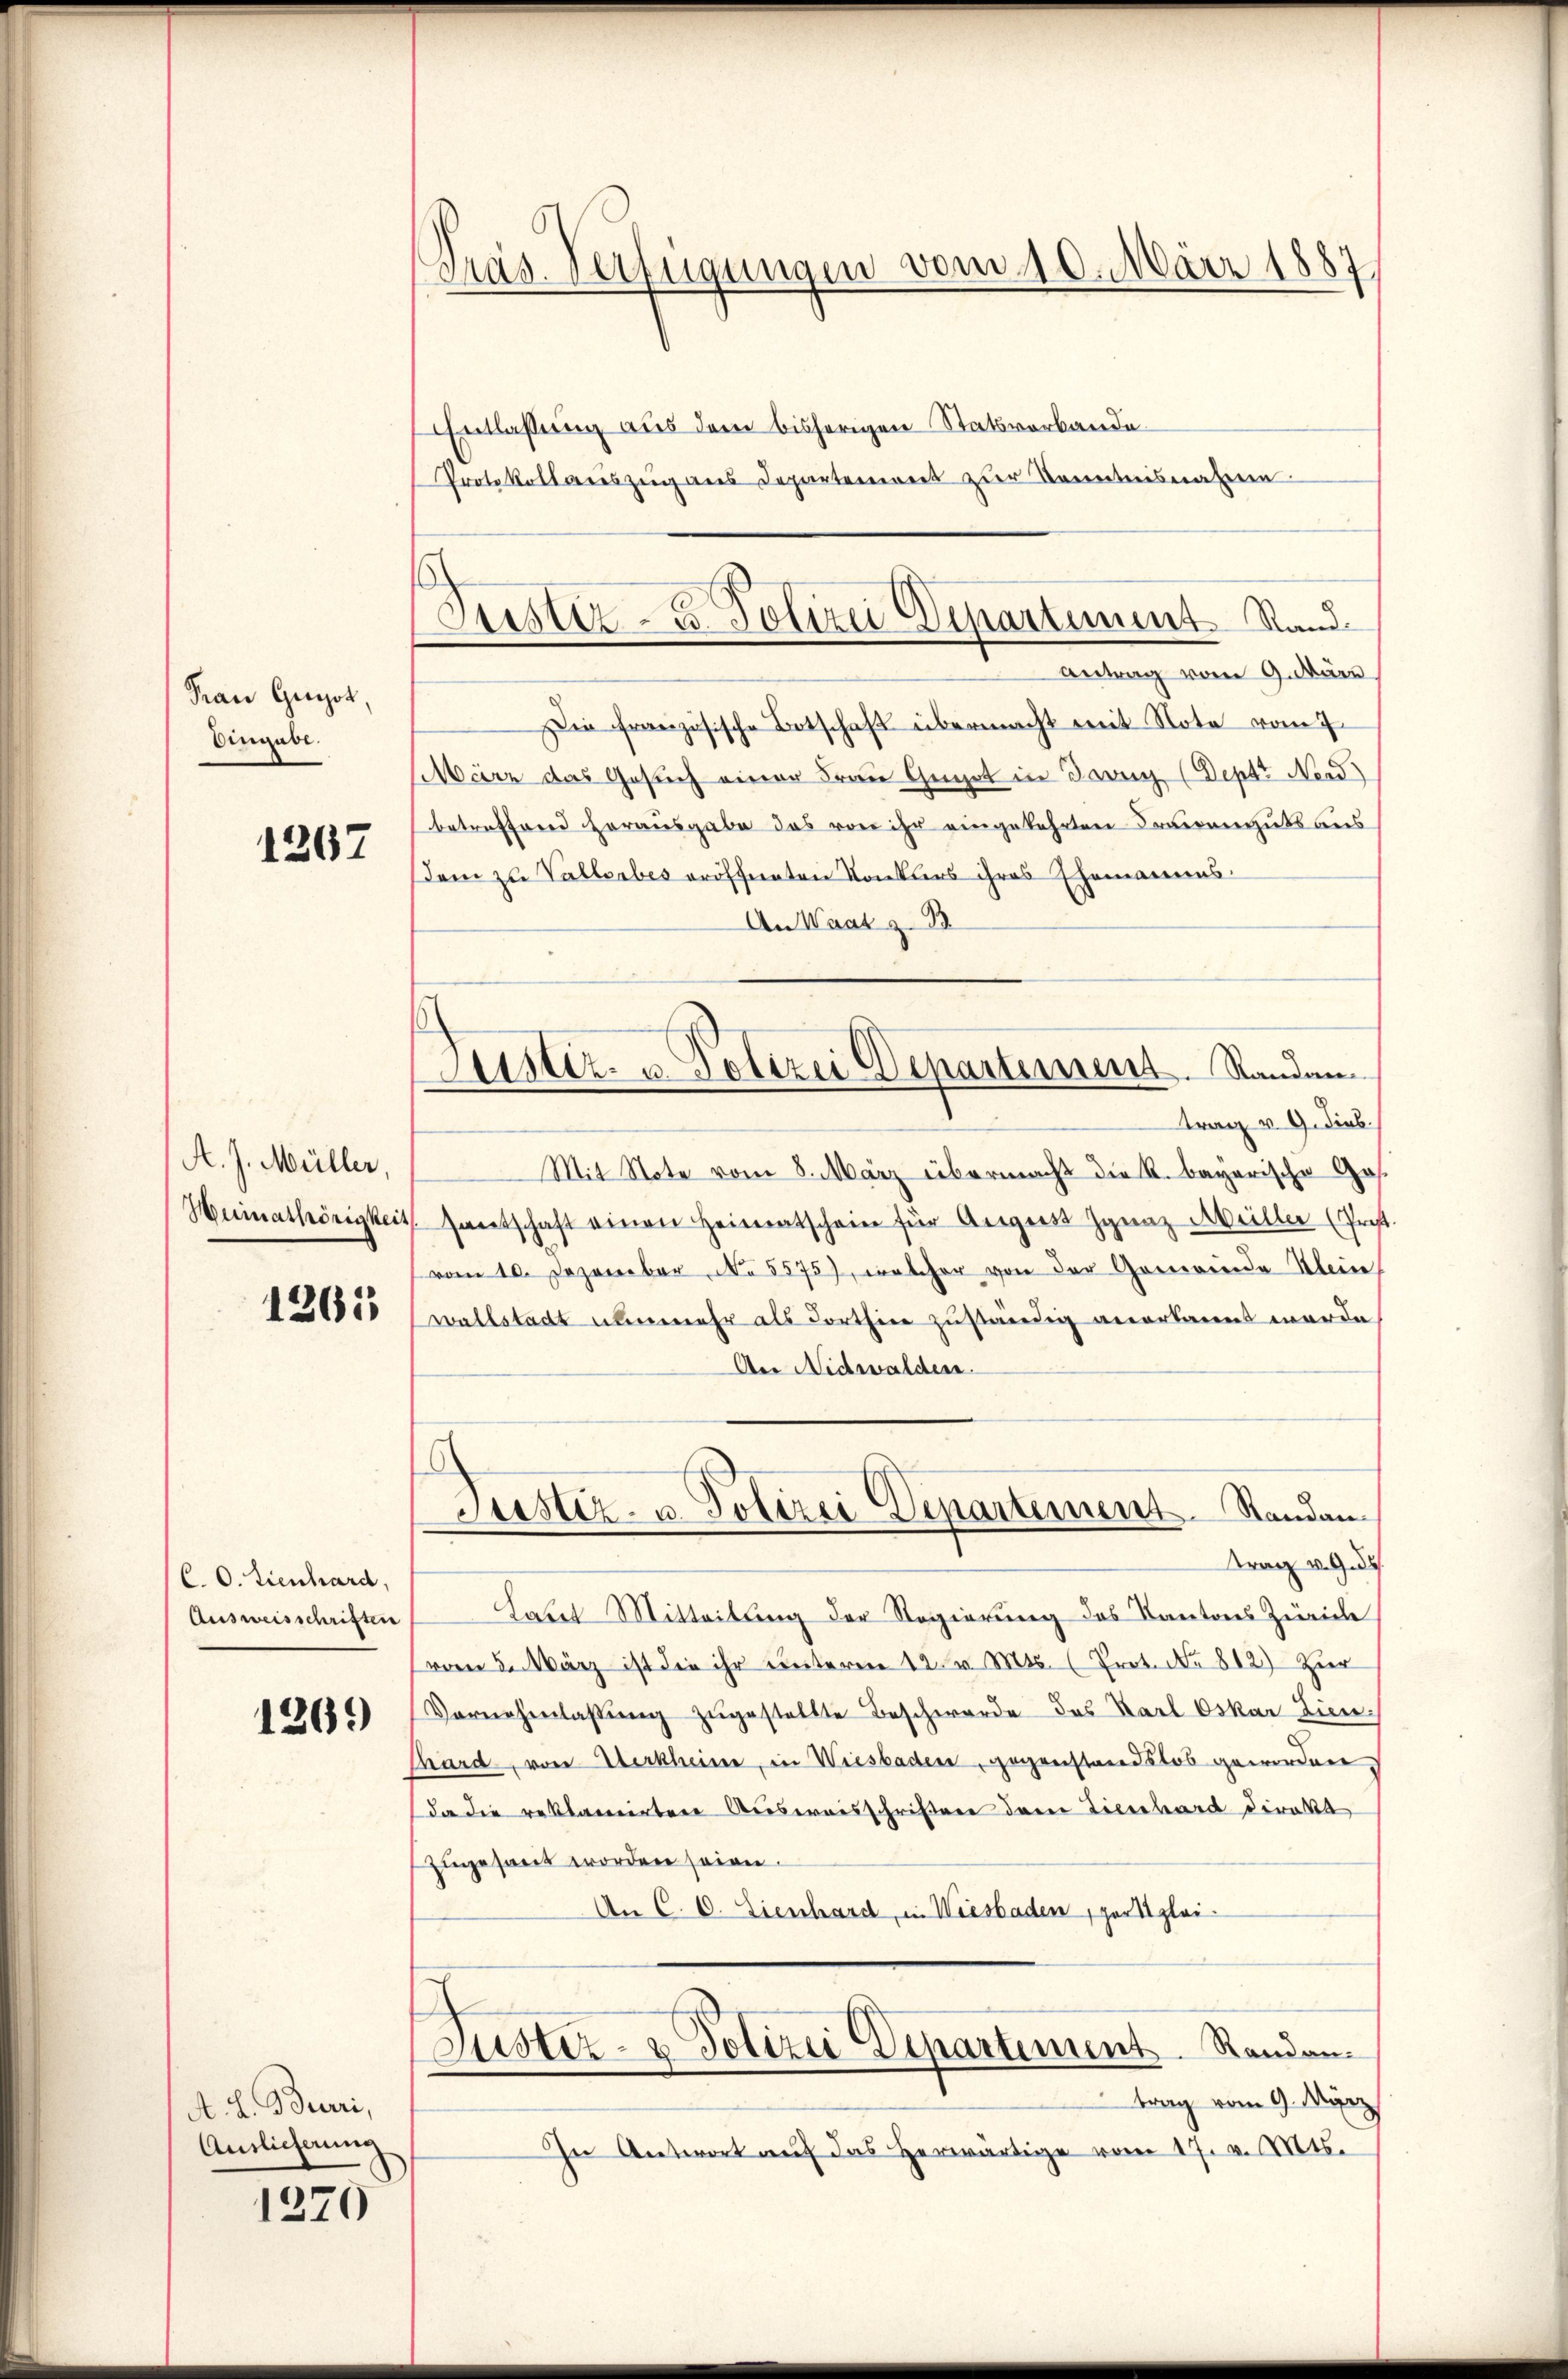
Frau Gunst,
Eingabe.

1267

A. J. Müller,

1261

C. O. Lienhard,

1269

A. L. Beuri,
Auslieferung

1270

Pras Verfügungen vom 10. März 1887

Entlassung aus dem bisherigen Statsverbande
Protokollaŭszŭg ans Departeniret zŭr Kenntnisnahmen

Suster- u. Polizei Departement Rand¬
Antrag vom 9. März

Die französische Botschaft übermacht mit Note vom 7.
März das Gesuch einer Frau Geget in Taver (Deptt Nord)
betreffend herausgabe das von ihr eingekehrten Frauenguts aus
Dem zu Vallerbes eröffneten Konkurs ihres Ehemannes.
An Waat z. B
trag v. 9. dies
Mit Note vom 8. März übermacht die k. bayerische Ges.
Huinathörigkeit. Hantschaft einen Heimatschein für August Ignaz Meiller (Prost.
vom 10. Dezember No. 5575), welcher von der Gemeinde Klein
wallstadt nunmehr als Forthin zuständig anerkannt werde
Aer Nidwalden.
Justiz- u. Polizei Departement. Standantrag v. 9. ds.
Ausweisschriften Laut Mitteilung der Regierung des Kantons Zürich
vom 5. März ist die ihr unteren 12. v. Mts. (Prot. No 812) Zur
Vornehmlassŭng zugestellte Beschwerde des Karl Oskar Lien
Thard, von Werkheine, in Wiesbaden, gegenstandslos geworden,
da die reklamirten Ausweisschriften dem Tierhard direkt
zugesandt worden seien.
An C. C. Sienhard, in Wiesbaden part glei¬
Justiz- & Polizei Departement Randon.
trag vom 9. März
In Antwort auf das herwärtige vom 17. v. Mts.

Alster- u. Polizei Departement. Randan